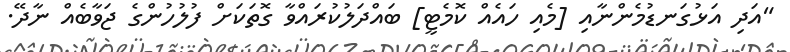
"އަދި އަޅުގަނޑުމެންނާއި [މެއި ހައެއް ކޮމެޓީ] ބައްދަލުކުރައްވާ ގޮތަކަށް ފުލުހުންގެ ޖަވާބެއް ނާދޭ.